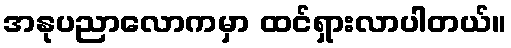
အနုပညာလောကမှာ ထင်ရှားလာပါတယ်။